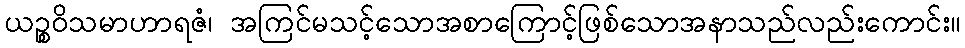
ယဉ္စဝိသမာဟာရဇံ၊ အကြင်မသင့်သောအစာကြောင့်ဖြစ်သောအနာသည်လည်းကောင်း။